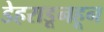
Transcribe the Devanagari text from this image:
डेहराडूनहून